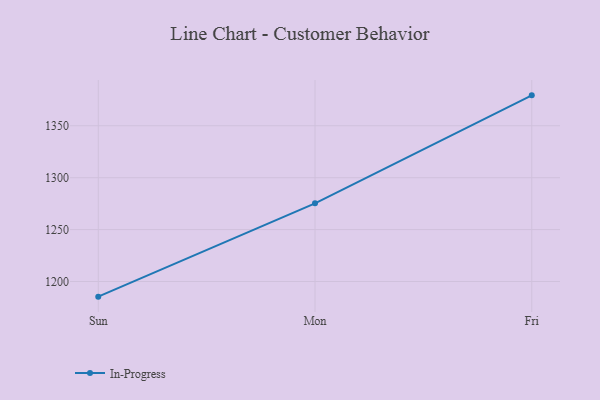
{"axis": {"x": "Day", "y": "Shipments"}, "legend": ["In-Progress"], "data": [{"x": "Sun", "y": 1185.4, "type": "In-Progress"}, {"x": "Mon", "y": 1275.3, "type": "In-Progress"}, {"x": "Fri", "y": 1379.3, "type": "In-Progress"}]}